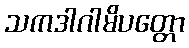
သကဒါဂါမိပတ္တော